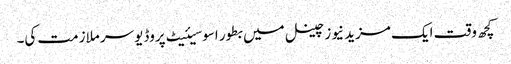
کچھ وقت ایک مزید نیوز چینل میں بطور اسوسیئیٹ پروڈیوسر ملازمت کی۔